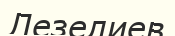
Лезелиев